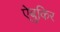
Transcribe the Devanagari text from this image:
ऐबुकिर